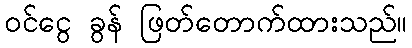
ဝင်ငွေ ခွန် ဖြတ်တောက်ထားသည်။